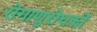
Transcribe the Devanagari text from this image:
रोगाणुरोधकों